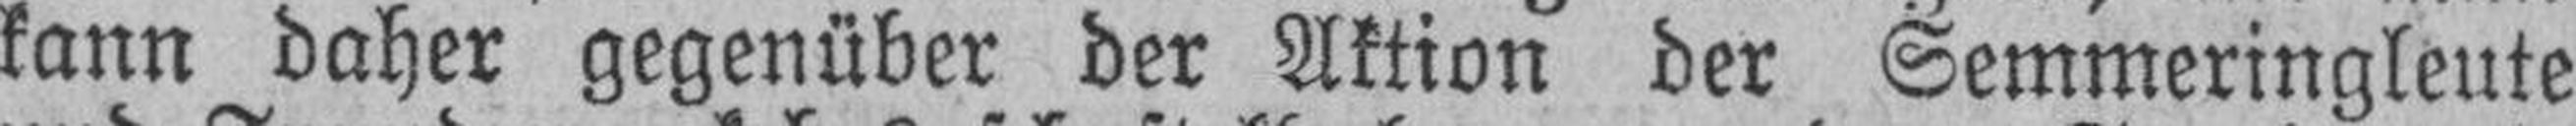
kann daher gegenüber der Aktion der Semmeringleute